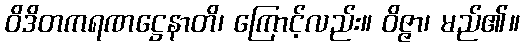
ဝိဒိတကရဏဋ္ဌေနာတိ၊ ကြောင့်လည်း။ ဝိဇ္ဇာ၊ မည်၏။